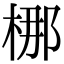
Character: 梛